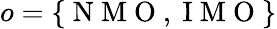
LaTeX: o=\{ \mathrm{~N~M~O~,~I~M~O~}\}